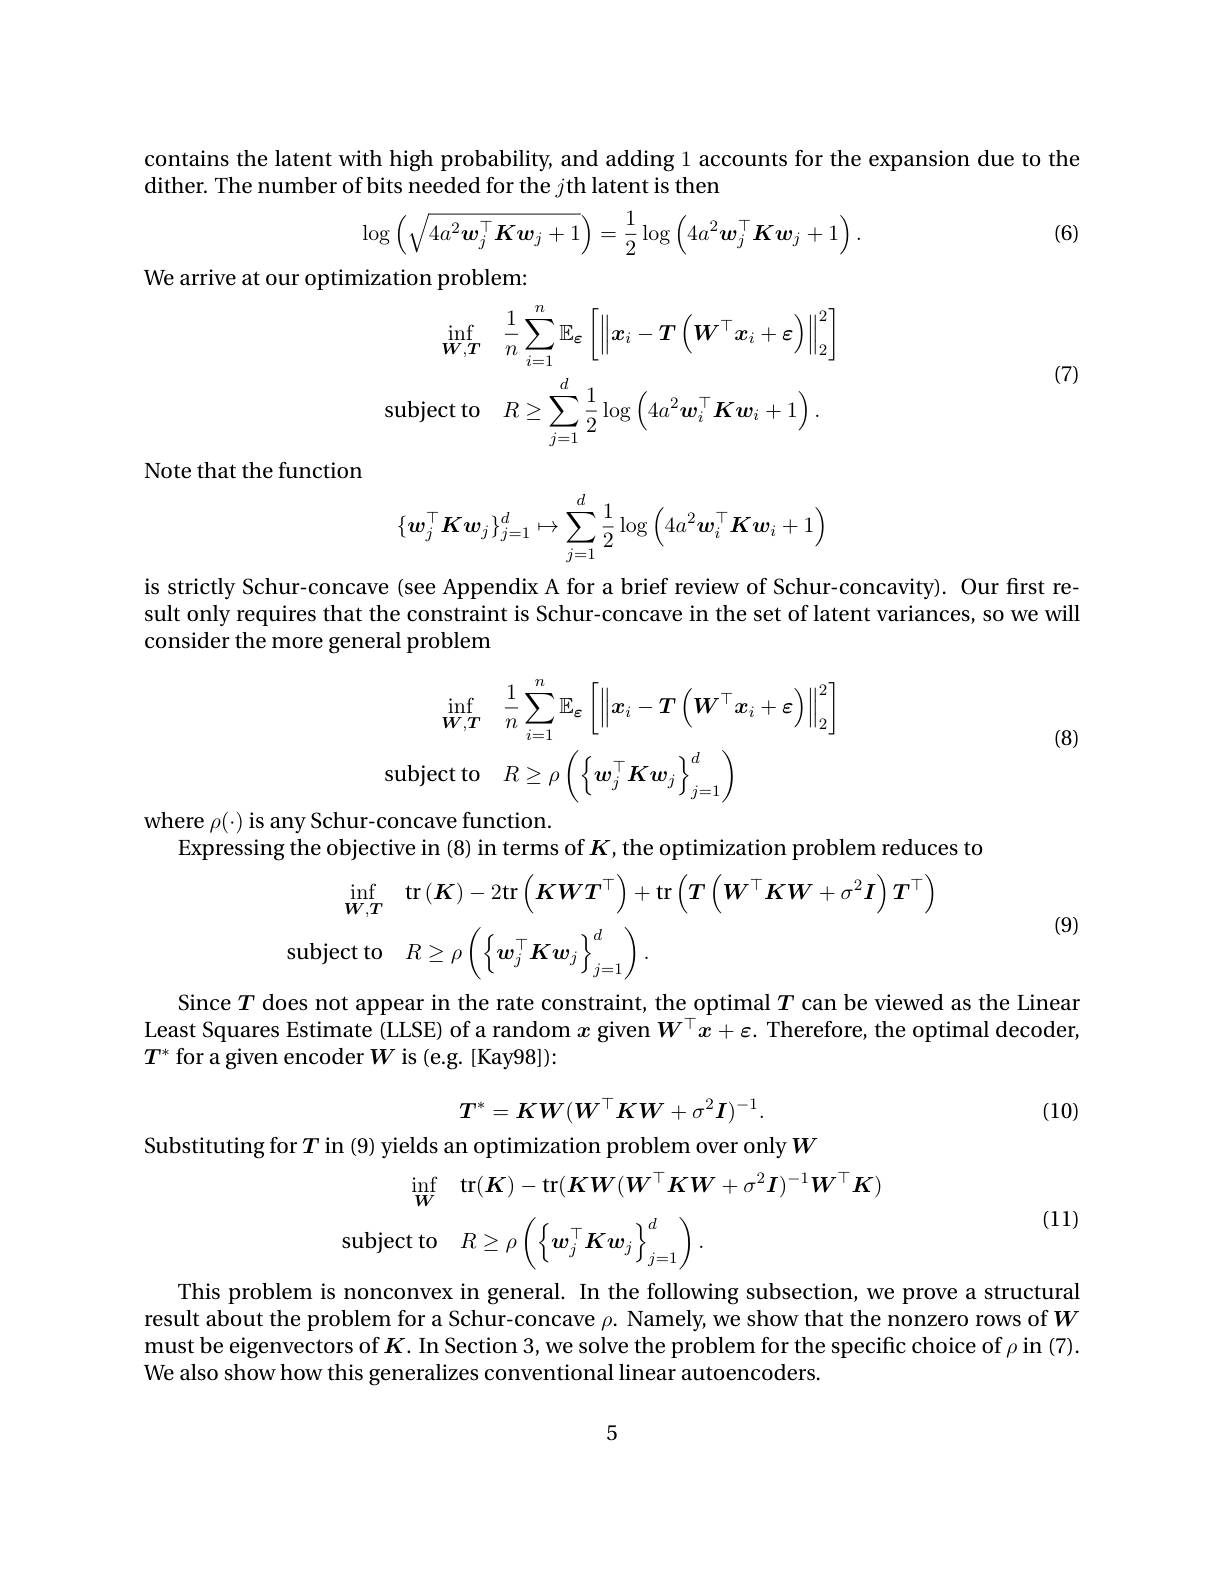
contains the latent with high probability, and adding 1 accounts for the expansion due to the

dither. The number of bits needed for the $j$th latent is then
$$\log\left(\sqrt{4a^2\boldsymbol{w}_j^\top\boldsymbol{K}\boldsymbol{w}_j+1}\right)=\frac{1}{2}\log\left(4a^2\boldsymbol{w}_j^\top\boldsymbol{K}\boldsymbol{w}_j+1\right).$$
(6)

We arrive at our optimization problem:
$$\inf_{\boldsymbol{W},\boldsymbol{T}}\quad\frac{1}{n}\sum_{i=1}^{n}\mathbb{E}_{\boldsymbol{\varepsilon}}\left[\left\|\boldsymbol{x}_{i}-\boldsymbol{T}\left(\boldsymbol{W}^{\top}\boldsymbol{x}_{i}+\boldsymbol{\varepsilon}\right)\right\|_{2}^{2}\right]\\\mathrm{subject~to}\quad R\geq\sum_{j=1}^d\frac12\log\left(4a^2\boldsymbol{w}_i^\top\boldsymbol{K}\boldsymbol{w}_i+1\right).$$
(7)

Note that the function
$$\{\boldsymbol{w}_j^\top\boldsymbol{K}\boldsymbol{w}_j\}_{j=1}^d\mapsto\sum_{j=1}^d\frac{1}{2}\log\left(4a^2\boldsymbol{w}_i^\top\boldsymbol{K}\boldsymbol{w}_i+1\right)$$
is strictly Schur-concave (see Appendix A for a brief review of Schur-concavity). Our first result only requires that the constraint is Schur-concave in the set of latent variances, so we will consider the more general problem

(8)
$$\inf_{\boldsymbol{W},\boldsymbol{T}}\quad\frac{1}{n}\sum_{i=1}^{n}\mathbb{E}_{\boldsymbol{\varepsilon}}\left[\left\|\boldsymbol{x}_{i}-\boldsymbol{T}\left(\boldsymbol{W}^{\top}\boldsymbol{x}_{i}+\boldsymbol{\varepsilon}\right)\right\|_{2}^{2}\right]\\\mathrm{subject~to}\quad R\geq\rho\left(\left\{\boldsymbol{w}_{j}^{\top}\boldsymbol{K}\boldsymbol{w}_{j}\right\}_{j=1}^{d}\right)$$
where $\rho(\cdot)$ is any Schur-concave function.
Expressing the objective in (8) in terms of $K$, the optimization problem reduces to
$$\begin{aligned}&\inf_{\boldsymbol{W},\boldsymbol{T}}\quad\mathrm{tr}\left(\boldsymbol{K}\right)-2\mathrm{tr}\left(\boldsymbol{K}\boldsymbol{W}\boldsymbol{T}^\top\right)+\mathrm{tr}\left(\boldsymbol{T}\left(\boldsymbol{W}^\top\boldsymbol{K}\boldsymbol{W}+\sigma^2\boldsymbol{I}\right)\boldsymbol{T}^\top\right)\\&\mathrm{subject~to}\quad R\geq\rho\left(\left\{\boldsymbol{w}_j^\top\boldsymbol{K}\boldsymbol{w}_j\right\}_{j=1}^d\right).\end{aligned}$$
(9)

Since $T$ does not appear in the rate constraint, the optimal $T$ can be viewed as the Linear Least Squares Estimate (LLSE) of a random $x$ given $W^\top x+\varepsilon.$ Therefore, the optimal decoder, $T^*$ for a given encoder $W$ is (e.g. [Kay98]):
$$T^*=KW(W^\top KW+\sigma^2I)^{-1}.$$
(10)

Substituting for$T$ in (9) yields an optimization problem over only$W$

(11)
$$\begin{aligned}\inf_{\boldsymbol{W}}&\mathrm{tr}(\boldsymbol{K})-\mathrm{tr}(\boldsymbol{K}\boldsymbol{W}(\boldsymbol{W}^{\top}\boldsymbol{K}\boldsymbol{W}+\sigma^{2}\boldsymbol{I})^{-1}\boldsymbol{W}^{\top}\boldsymbol{K})\\\mathrm{subject~to}&R\geq\rho\left(\left\{\boldsymbol{w}_{j}^{\top}\boldsymbol{K}\boldsymbol{w}_{j}\right\}_{j=1}^{d}\right).\end{aligned}$$
This problem is nonconvex in general. In the following subsection, we prove a structural result about the problem for a Schur-concave $\rho.$ Namely, we show that the nonzero rows of $W$ must be eigenvectors of $K.$ In Section 3, we solve the problem for the specific choice of $\rho$ in (7). We also show how this generalizes conventional linear autoencoders.

5